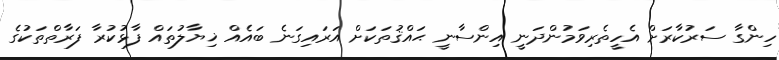
ހިންގާ ސަރުކާރަށް އެހީތެރިވަމުންދަނީ އިންސާނީ ޙައްޤުތަކަށް އަރައިގަނެ ބައެއް ޚިޔާލުތައް ފާޅުކުރާ ފަރާތްތަކުގެ